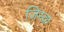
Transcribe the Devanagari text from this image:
जिस्क्र